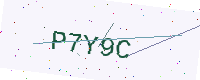
Text: P7Y9C